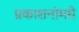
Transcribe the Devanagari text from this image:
प्रकाशनांमधे